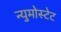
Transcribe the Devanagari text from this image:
न्युमोस्टेट